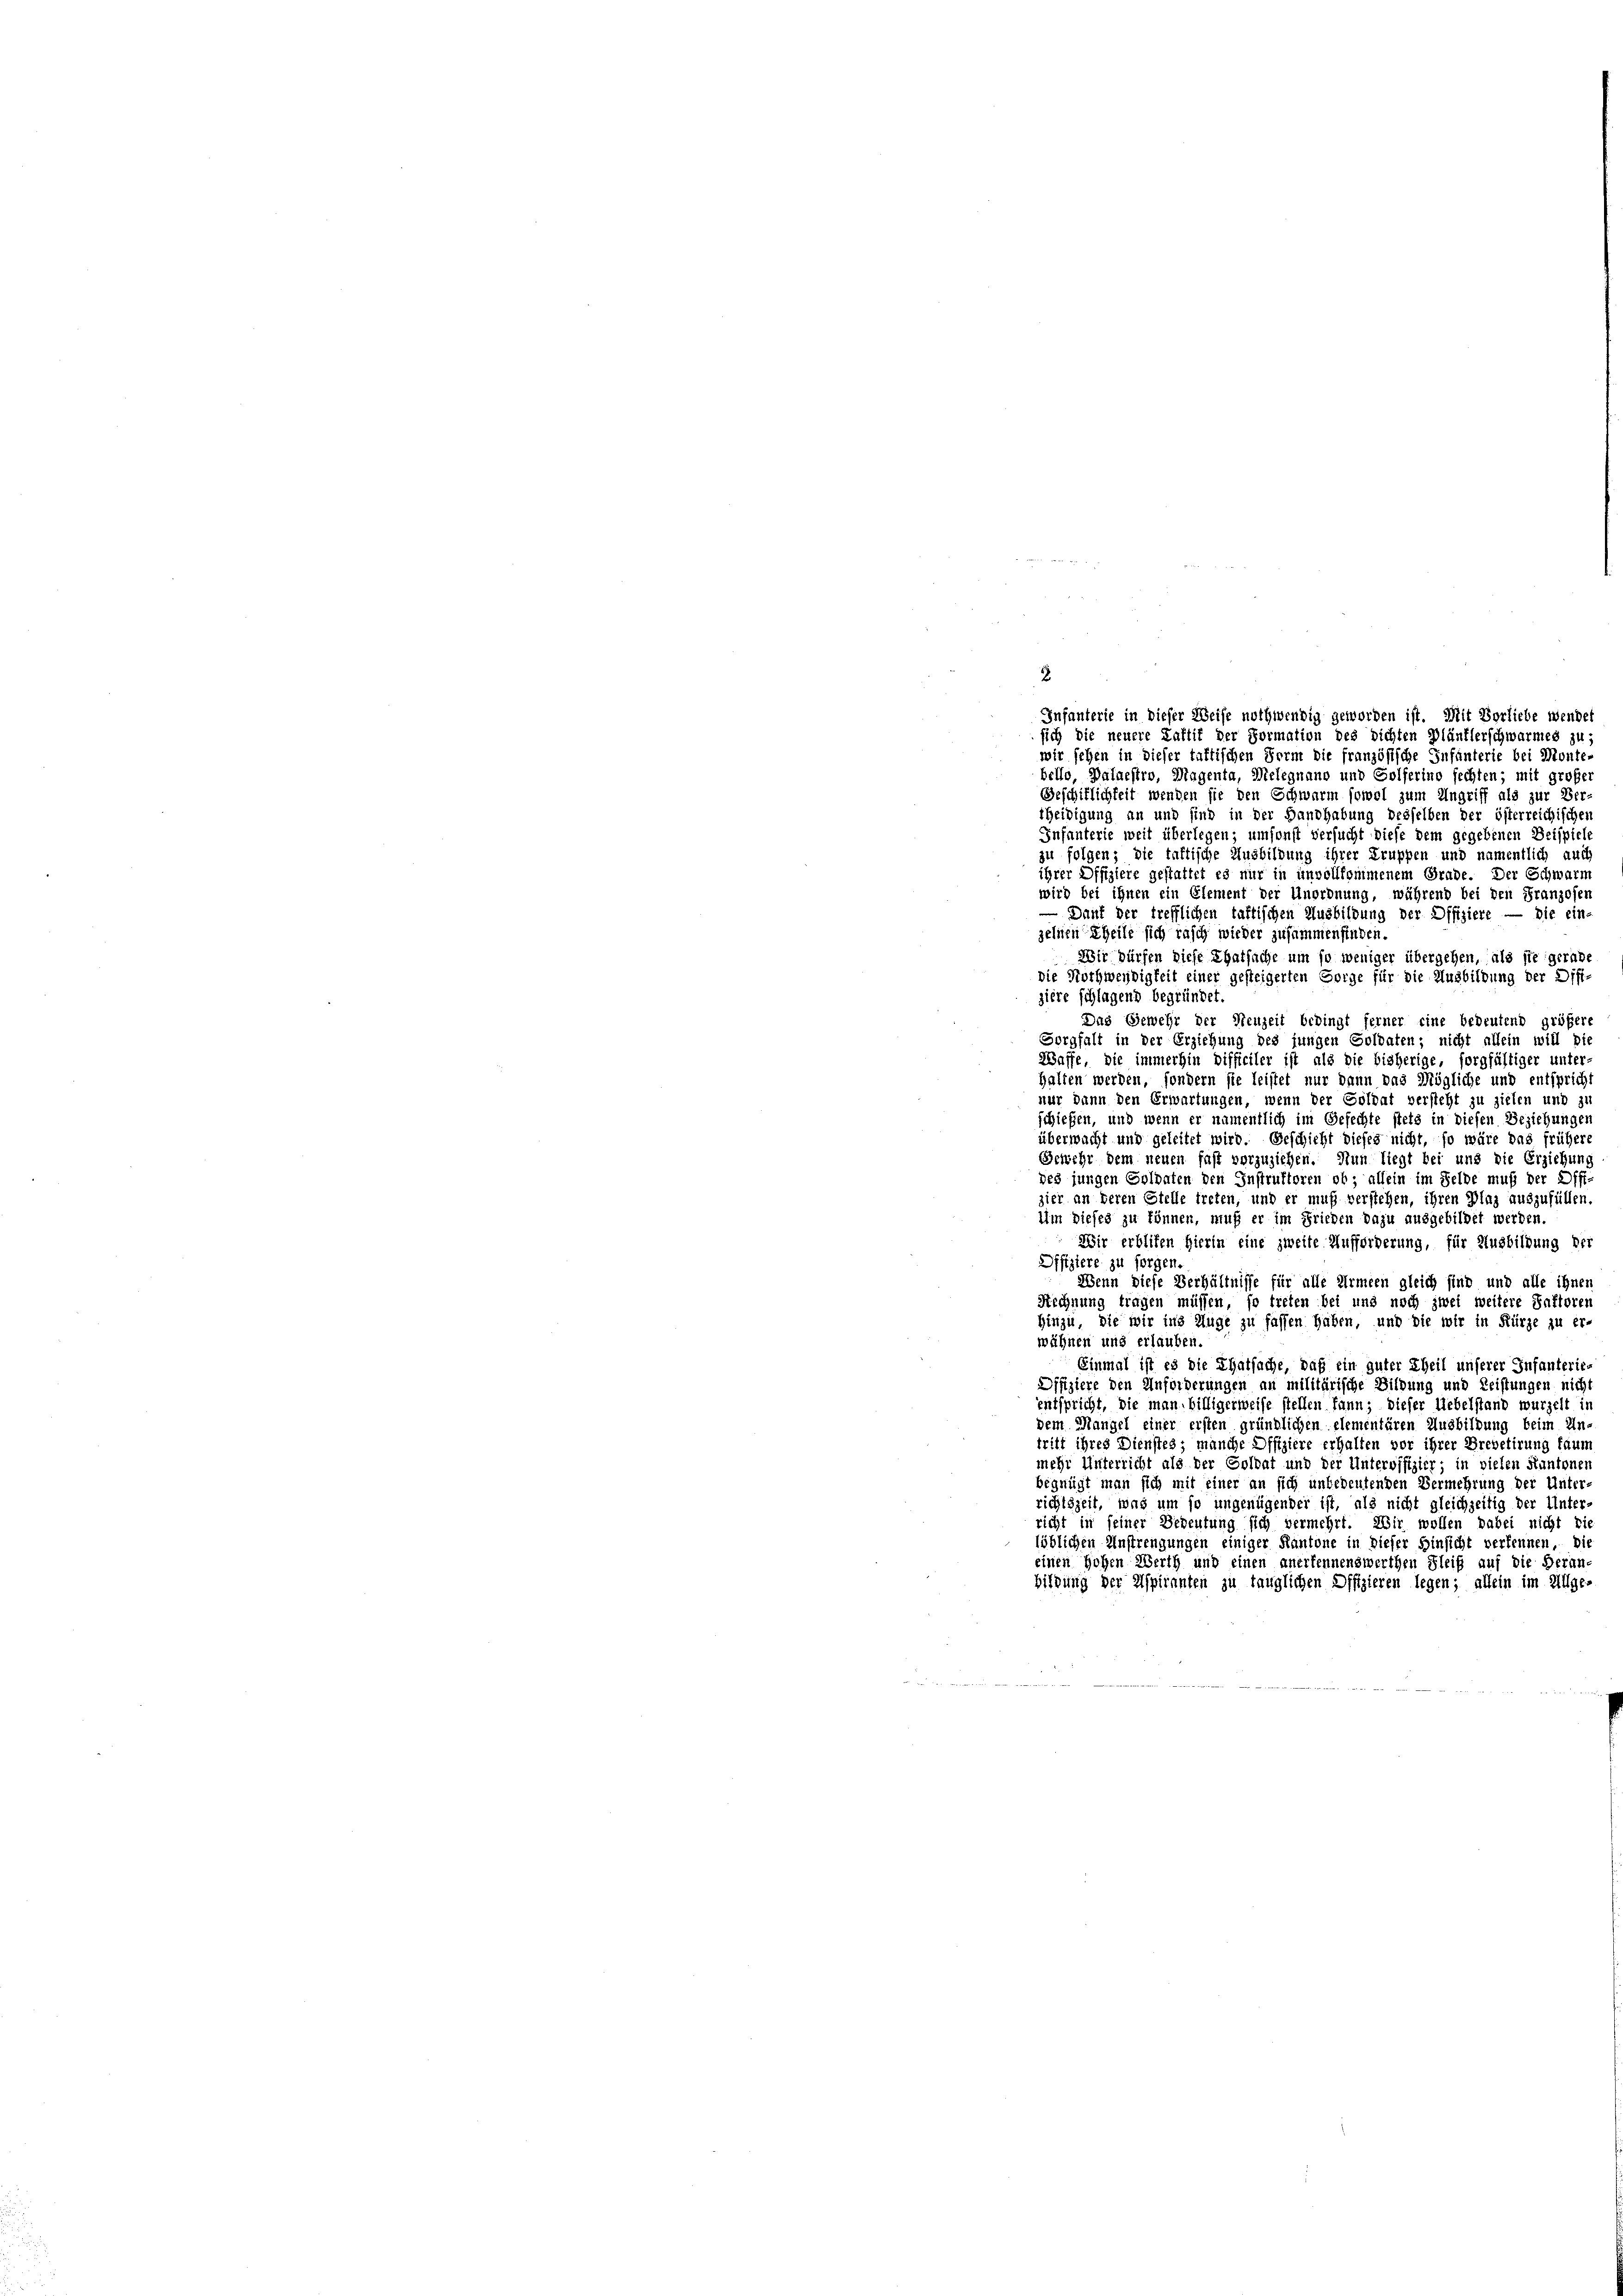
2

wir sehen in dieser taktischen Form die französische Infanterie bei Monte-
bello Dalnestro, Magenta, Melegnano und Golferino fechten; mit großer
Geschitlichkeit wenden sie den Schwarm sowol zum Ungriff als zur Ver
theidigung an und sind in der Handhabung desselben der österreichischen
Infanterie weit überlegen; umsonst versucht diese dem gegebenen Beispiele
zu folgen; die taktische Ausbildung ihrer Truppen und namentlich auch
ihrer Offiziere gestattet es nur in unvollkommenem Grade. Der Schwarm
wird bei ihnen ein Element der Unordnung, während bei den Franzosen
— Dann der trefflichen taftischen Ausbildung der Offiziere — die ein-
zelnen Theile sich rasch wieder zusammenfinden.
Wir dürfen diese Thatsache um so weniger übergehen, als sie gerade
die Nothwendigkeit einer gesteigerten Sorge für die Ausbildung der Diffi-
ziere schlagend begründet.
Das Gewehr der Neuzeit bedingt ferner eine bedeutend größere
Sorgfalt in der Erziehung des jungen Soldaten; nicht allein will die
Waffe, die immerhin difficiler ist als die bisherige, sorgfältiger unter-
halten werden, sondern sie leistet nur dann das Mögliche und entspricht
nur dann den Erwartungen, wenn der Soldat versteht zu zielen und zu
schießen, und wenn er namentlich im Gefechte stets in diesen Beziehungen
überwacht und geleitet wird. Geschicht dieses nicht, so wäre das frühere
Gewehr dem neuen fast vorzuziehen. Nun liegt bei uns die Erziehung
des jungen Goldaten den Instruktoren ob, allein im Felde muß der Offizier an deren Stelle treten, und er muß verstehen, ihren Plaz auszufüllen.
Um dieses zu können, muß er im Frieden dazu ausgebildet werden.
Wir erbliben hierin eine zweite Aufforderung, für Ausbildung der
Offiziere zu sorgen.
Wenn diese Verhältnisse für alle Armeen gleich sind und alle ihnen
Rechnung tragen müssen, so treten bei und noch zwei weitere Saftoren
Hinzu, die wir ins Auge zu fassen haben, und die wir in Kürze zu er-
wähnen und erlauben.
Einmal ist es die Thatsache, daß ein guter Theil unserer Infanterie-
Difiziere den Anforderungen an militärische Bildung und Leistungen nicht
entspricht, die man billigerweise stellen kann; dieser Uebelstand wurzelt in
dem Mangel einer ersten gründlichen elementären Ausbildung beim Un-
tritt ihres Dienstes; manche Offiziere erhalten vor ihrer Brevetirung kaum
mehr Unterricht als der Soldat und der Unteroffizier; in vielen Kantonen
begnügt man sich mit einer an sich unbedeutenden Vermehrung der Unter-
richtszeit, was um so ungenügender ist, als nicht gleichzeitig der Unter-
richt in seiner Bedeutung sich vermehrt. Wir wollen dabei nicht die
löblichen Anstrengungen einiger Kantone in dieser Hinsicht verkennen, bis
einen Hohen Werth und einen anerkennenswerthen Fleiß auf die Heran-
bildung der Aspiranten zu tauglichen Difizieren legen; allein im Allge-

Infanterie in dieser Weise nothwendig geworden ist. Mit Vorliebe wendet
sich die neuere Kaftif der Formation des dichten Blänflerschwarmes zu;